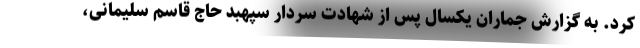
کرد. به گزارش جماران یکسال پس از شهادت سردار سپهبد حاج قاسم سلیمانی،